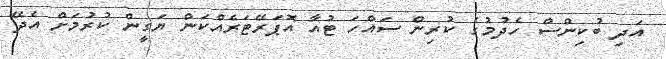
އަދި ބުކިންސް ހެދުމުގެ ކުރިން ސައްހަ ޓުއާ އޮޕަރޭޓަރެއްކަން ޔަގީން ކުރުމަށް އެދޭ